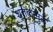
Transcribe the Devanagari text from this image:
शतकांमुळे